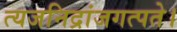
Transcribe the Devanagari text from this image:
त्यजनिद्रांजगत्पते।